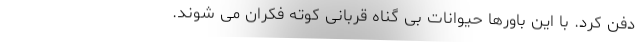
دفن کرد. با این باورها حیوانات بی گناه قربانی کوته فکران می شوند.